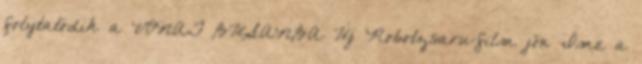
folytatódik a VONAT BUSANBA Új Robotzsaru-film jön Íme a